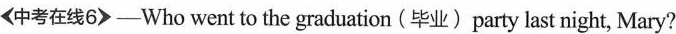
<中考在线6>—Who went to the graduation(毕业)party last night, Mary?